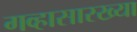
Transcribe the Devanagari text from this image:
गव्हासारख्या